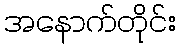
အနောက်တိုင်း